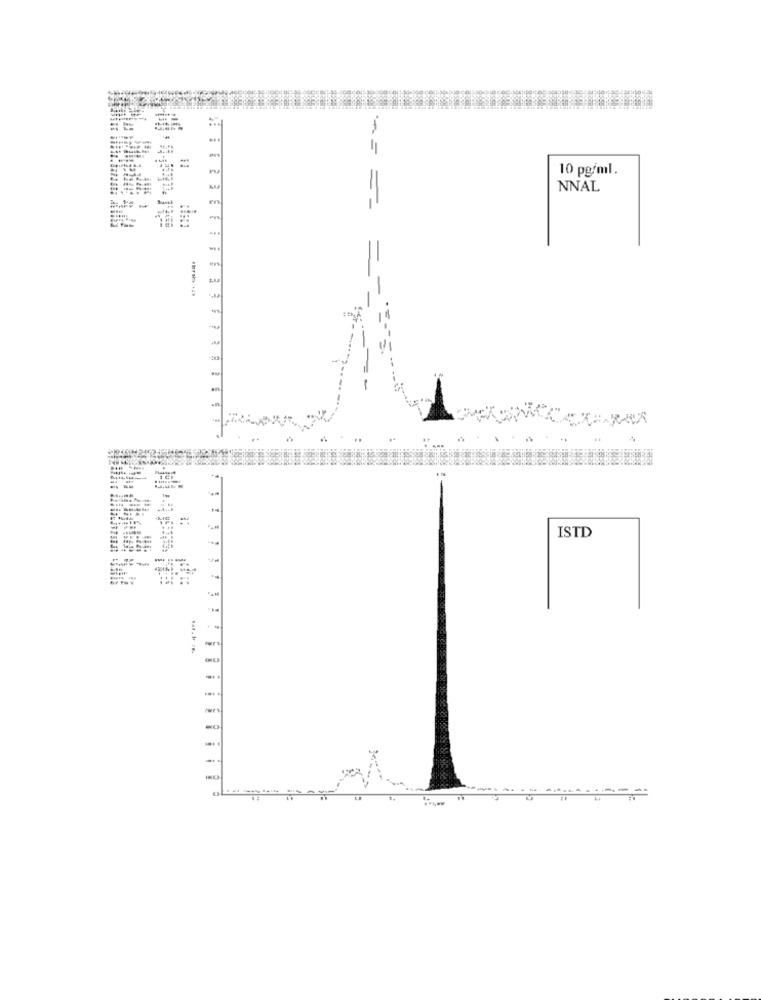
11
10 pg/ml.
NNAL
Band
mhrsh +2.
==
+4
ISTD
Tat. H /B.